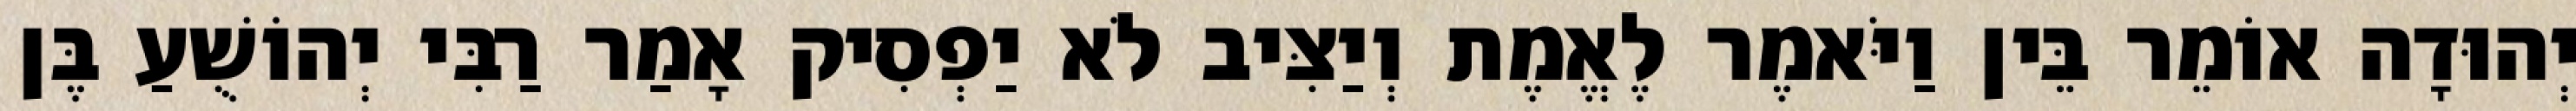
יְהוּדָה אוֹמֵר בֵּין וַיֹּאמֶר לֶאֱמֶת וְיַצִּיב לֹא יַפְסִיק אָמַר רַבִּי יְהוֹשֻׁעַ בֶּן